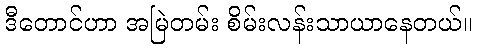
ဒီတောင်ဟာ အမြဲတမ်း စိမ်းလန်းသာယာနေတယ်။